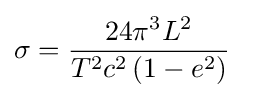
\sigma ={\frac {24\pi ^{3}L^{2}}{T^{2}c^{2}\left(1-e^{2}\right)}}\